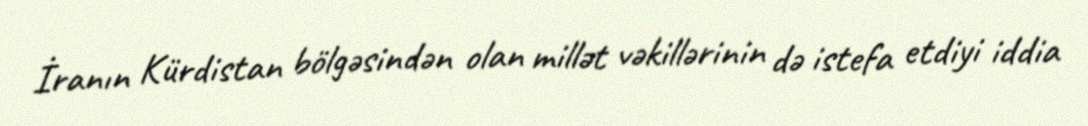
İranın Kürdistan bölgəsindən olan millət vəkillərinin də istefa etdiyi iddia